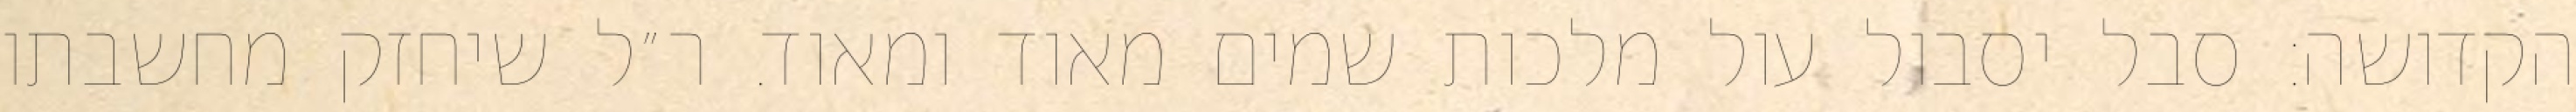
הקדושה: סבל יסבול עול מלכות שמים מאוד ומאוד. ר״ל שיחזק מחשבתו